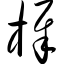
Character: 樨